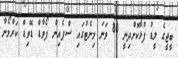
ބީޖީގެ ލީޑު ފުޅާކޮށްދިނީ 80 ވަނަ މިނެޓުގައި ސްޕެއިން ފޯވާޑް ޑޭވިޑް ކަރްމޯނާ